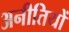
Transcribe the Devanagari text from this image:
अनीतियों